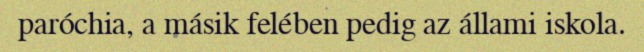
paróchia, a másik felében pedig az állami iskola.